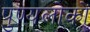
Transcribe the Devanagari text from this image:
पुण्यलोकों